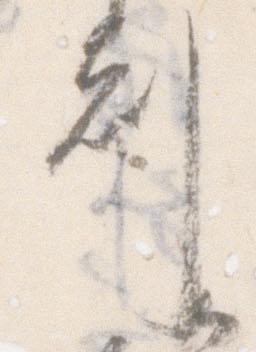
剋